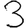
Digit: 3